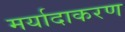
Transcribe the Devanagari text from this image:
मर्यादाकरण